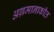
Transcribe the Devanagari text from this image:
अग्रमानाकीत